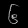
Digit: ၆